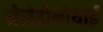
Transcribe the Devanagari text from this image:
मेसेडोनीयाई